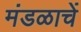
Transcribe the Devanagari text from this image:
मंडळाचें